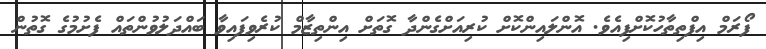
ފޯރަމް އިފްތިތާހުކޮށްފިއެވެ. އޮންލައިންކޮށް ކުރިއަށްގެންދާ ގޮތަށް އިންތިޒާމް ކުރެވިފައިވާ ބައްދަލުވުންތައް ފެށުމުގެ ގޮތުން